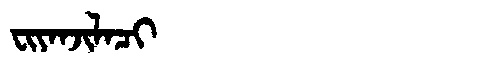
Manchu: ᠸᡳᠶᠠᠨᠵᡳᠯᠠᠴᡳ
Romanization: FIYANJILACI